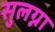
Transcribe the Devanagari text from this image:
सुलग्ना